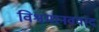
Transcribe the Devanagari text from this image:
विश्वमानववाद